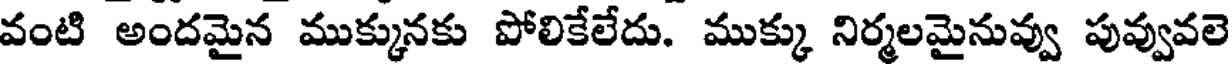
వంటి అందమైన ముక్కునకు పోలికేలేదు. ముక్కు నిర్మలమైనువ్వు పువ్వువలె